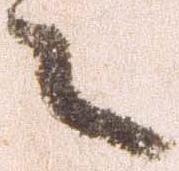
々